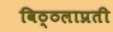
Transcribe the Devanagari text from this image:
विठ्ठलाप्रती